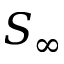
S _ { \infty }